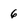
Character: 6